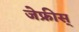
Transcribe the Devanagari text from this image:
जेफ्रीस्